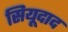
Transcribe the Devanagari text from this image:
सियूदाद